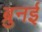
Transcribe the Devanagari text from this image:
ब्रुनई